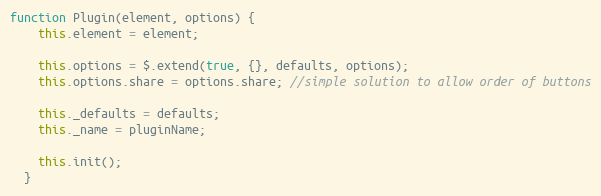
Language: JavaScript
function Plugin(element, options) {
    this.element = element;

    this.options = $.extend(true, {}, defaults, options);
    this.options.share = options.share; //simple solution to allow order of buttons

    this._defaults = defaults;
    this._name = pluginName;

    this.init();
  }